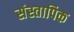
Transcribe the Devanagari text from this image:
संस्तापिक